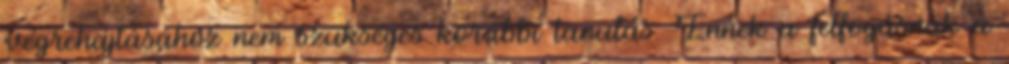
végrehajtásához nem szükséges korábbi tanulás. Ennek a felfogásnak a